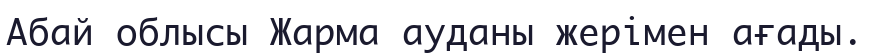
Абай облысы Жарма ауданы жерімен ағады.